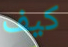
كيف